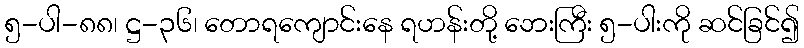
၅-ပါ-၈၈၊ ဋ္ဌ-၃၆၊ တောရကျောင်းနေ ရဟန်းတို့ ဘေးကြီး ၅-ပါးကို ဆင်ခြင်၍